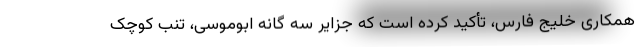
همکاری خلیج فارس، تأکید کرده است که جزایر سه گانه ابوموسی، تنب کوچک‌